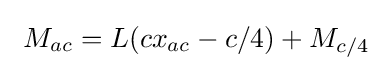
\ M_{ac}=L(cx_{ac}-c/4)+M_{c/4}